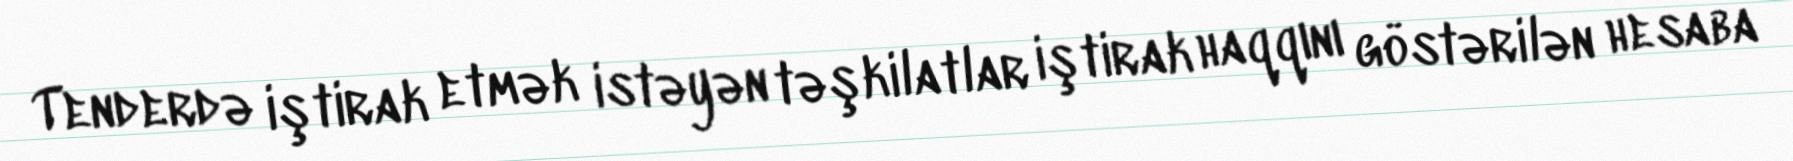
Tenderdə iştirak etmək istəyən təşkilatlar iştirak haqqını göstərilən hesaba